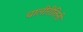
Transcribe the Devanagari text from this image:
चालीरीतिनी